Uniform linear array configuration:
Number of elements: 48
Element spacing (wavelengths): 0.5
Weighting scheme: blackman
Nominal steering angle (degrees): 60
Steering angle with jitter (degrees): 58.136
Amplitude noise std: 0.05
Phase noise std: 0.05

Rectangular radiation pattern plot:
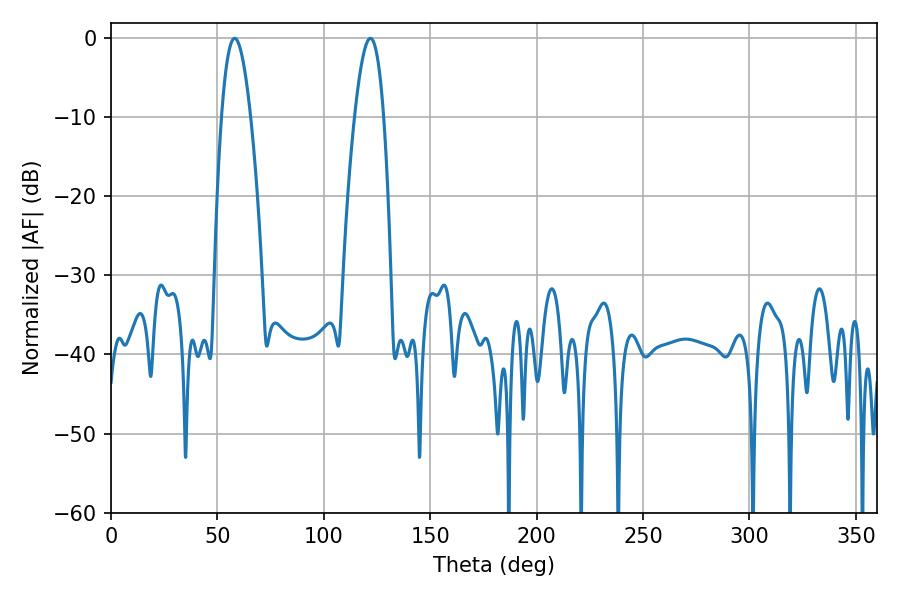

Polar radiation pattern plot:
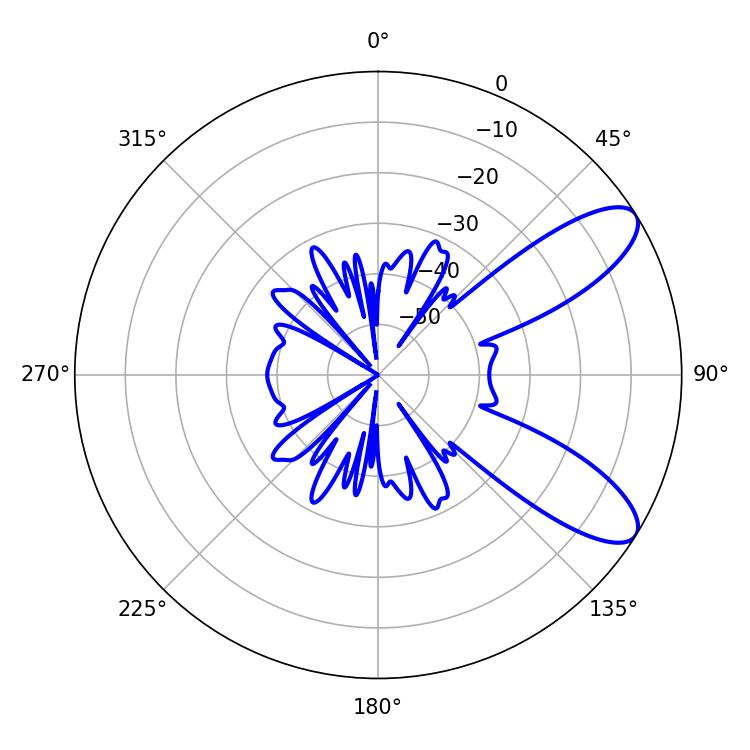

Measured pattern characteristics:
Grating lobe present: FALSE
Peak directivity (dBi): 9.211
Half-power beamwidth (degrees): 7.56
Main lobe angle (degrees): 58.14